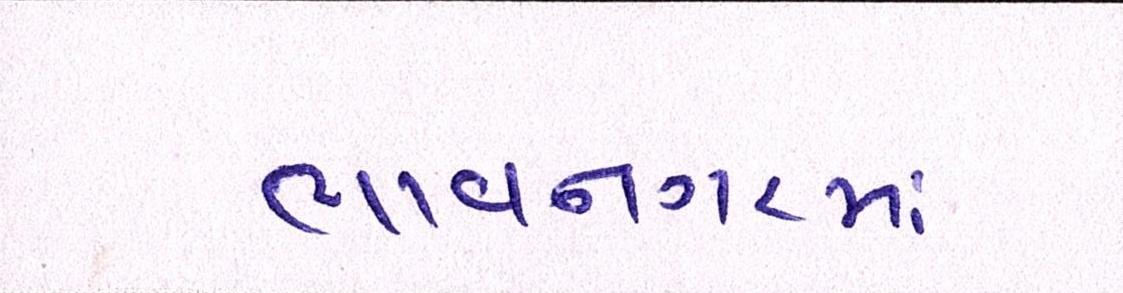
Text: ભાવનગરમાં